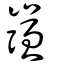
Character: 嵹